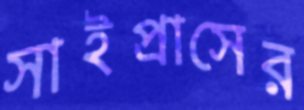
সাইপ্রাসের